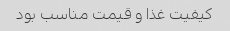
کیفیت غذا و قیمت مناسب بود